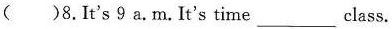
( )8.It's 9 a.M.It's time ___ class.